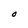
Character: O